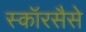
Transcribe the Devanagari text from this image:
स्कॉरसैसे